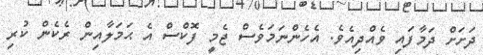
ދަށަށް ދަމާފައި ވެއްދިއެވެ. އެހެންނަމަވެސް ޖެމީ ފޮކްސް އެ ޙަމަލާއިން ރެކެން ކުރި